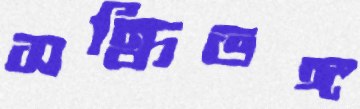
সন্ধিভঙ্গ